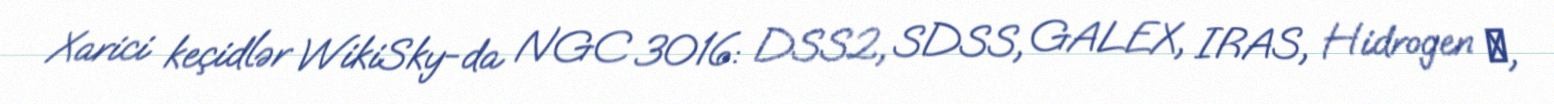
Xarici keçidlər WikiSky-da NGC 3016: DSS2, SDSS, GALEX, IRAS, Hidrogen α,